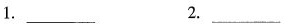
1. ___ 2. ___